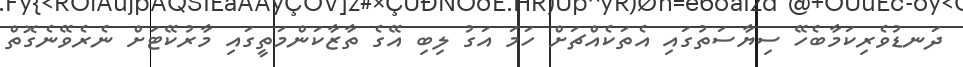
ދަނޑުވެރިކަމާބެހޭ ސިޔާސަތުގައި އެތަކެއްޗަށް ހަމަ އަގު ލިބި އޭގެ ތާޒާކަންމަތީގައި މާރުކޭޓަށް ނެރެވޭނެގޮތް